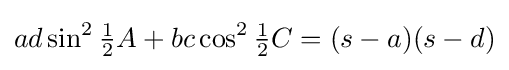
ad\sin ^{2}{\tfrac {1}{2}}A+bc\cos ^{2}{\tfrac {1}{2}}C=(s-a)(s-d)